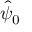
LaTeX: { \hat { \psi } } _ { 0 }